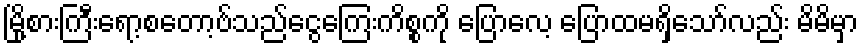
မြို့စားကြီးရော့စတော့ဗ်သည်ငွေကြေးကိစ္စကို ပြောလေ့ ပြောထမရှိသော်လည်း မိမိမှာ